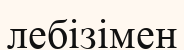
лебізімен